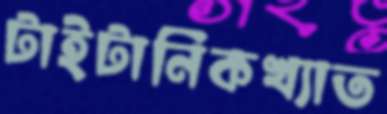
টাইটানিকখ্যাত